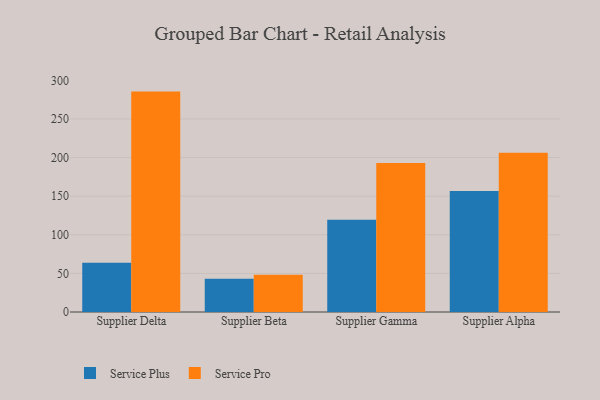
{"axis": {"x": "Supplier", "y": "Customer Acquisition Cost (USD)"}, "legend": ["Service Plus", "Service Pro"], "data": [{"x": "Supplier Delta", "y": 63.7, "type": "Service Plus"}, {"x": "Supplier Delta", "y": 285.4, "type": "Service Pro"}, {"x": "Supplier Beta", "y": 42.9, "type": "Service Plus"}, {"x": "Supplier Beta", "y": 48.1, "type": "Service Pro"}, {"x": "Supplier Gamma", "y": 119.3, "type": "Service Plus"}, {"x": "Supplier Gamma", "y": 192.8, "type": "Service Pro"}, {"x": "Supplier Alpha", "y": 156.6, "type": "Service Plus"}, {"x": "Supplier Alpha", "y": 206.2, "type": "Service Pro"}]}